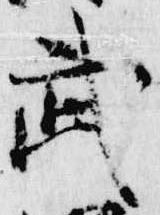
武